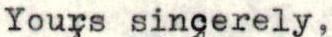
Yours sincerely,